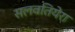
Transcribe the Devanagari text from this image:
सलवतियेरा